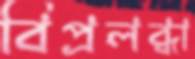
বিপ্রলব্ধা